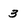
Character: 3